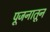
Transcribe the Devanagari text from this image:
पूजनातून